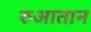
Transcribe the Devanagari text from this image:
रुआतान